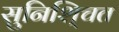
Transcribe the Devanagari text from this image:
सुनिशि्चत